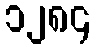
၁၂၈၄